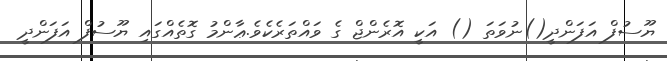
ޔޫސުފް އަފަންދީ()ނުވަތަ () އަކީ އޮރެންޖް ގެ ވައްތަރެކެވެ.ޢާންމު ގޮތެއްގައި ޔޫސުފް އަފަންދީ